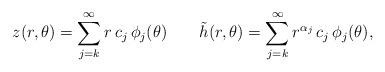
LaTeX: \begin{align*}z(r,\theta)=\sum_{j=k}^\infty r\,c_j \, \phi_j(\theta)\qquad\tilde{h}(r,\theta)=\sum_{j=k}^\infty r^{\alpha_j}\,c_j\,\phi_j(\theta),\end{align*}